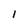
Character: 1